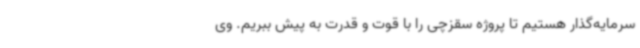
سرمایه‌گذار هستیم تا پروژه سقزچی را با قوت و قدرت به پیش ببریم. وی